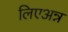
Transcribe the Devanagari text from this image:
लिएअन्न